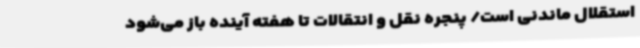
استقلال ماندنی است/ پنجره نقل و انتقالات تا هفته آینده باز می‌شود